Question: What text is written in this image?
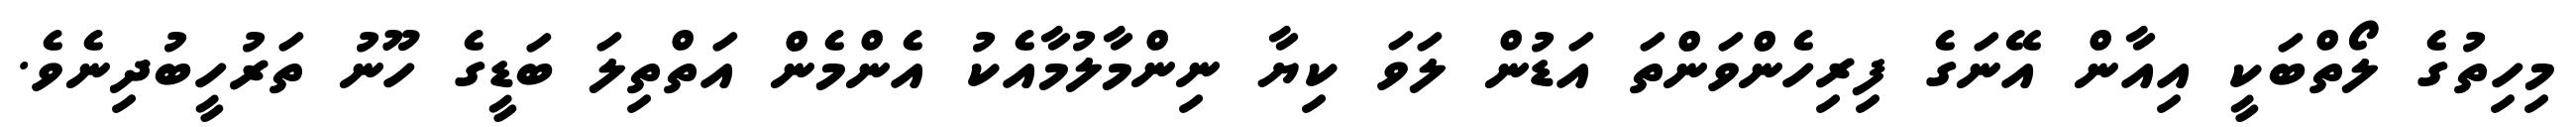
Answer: މިހިތުގެ ލޯތްބަކީ އިއާން އޭނަގެ ފިރިހެންވަންތަ އަޑުން ލަވަ ކިޔާ ނިންމާލުމާއެކު އެންމެން އަތްތިލަ ބަޑީގެ ހޫނު ތަރުހީބުދިނެވެ.